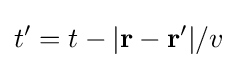
t'=t-|\mathbf {r} -\mathbf {r} '|/v